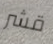
قشر